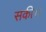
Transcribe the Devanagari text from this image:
सकी।।